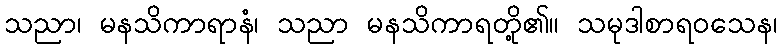
သညာ၊ မနသိကာရာနံ၊ သညာ မနသိကာရတို့၏။ သမုဒါစာရဝသေန၊